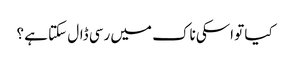
کیا تو اسکی ناک میں رسی ڈال سکتا ہے ؟